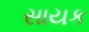
સાયક